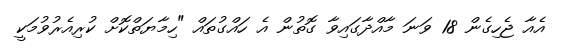
އެއާ ޖެހިގެން 18 ވަނަ މާއްދާގައިވާ ގޮތުން އެ ހައްގުތައް "ހިމާޔަތްކޮށް ކުރިއެރުވުމަކީ